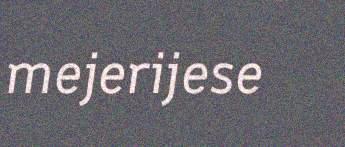
mejerijese